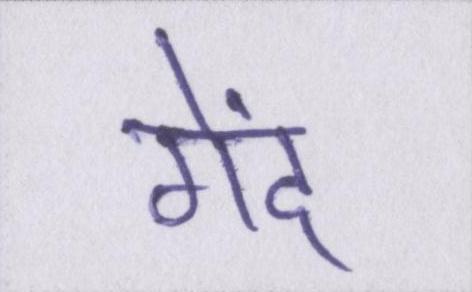
गेंद